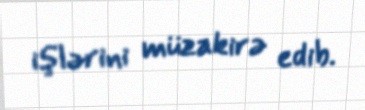
işlərini müzakirə edib.